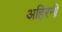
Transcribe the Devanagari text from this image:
अहिरनी